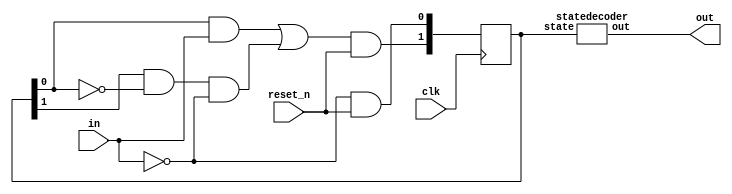
`timescale 1ns / 1ps
//////////////////////////////////////////////////////////////////////////////////
// Company: SNU
// 
// Design Name: 010 detector for computer organization class
// Module Name: detector
// Project Name: Project2 RTL sequential logic
// Target Devices: Vivado simulation
// Tool Versions: 
// Description: 
// 
// Dependencies: 
// 
// Revision:
// Revision 0.01 - File Created
// Additional Comments:
// 
//////////////////////////////////////////////////////////////////////////////////

// Define States
`define INIT    2'b00
`define ZERO    2'b01
`define ONE     2'b10
`define MATCH   2'b11

module detector(
    input in,
    input clk,
    input reset_n,
    output out
    );
    
    reg [1:0] statereg;

    statedecoder statedecoder1(
        .state(statereg),
        .out(out)
    );
/* 
    initial begin
        statereg[1:0] = 2'b00;
    end
 */
    always @ (posedge clk) begin
        // TODO: logic in RTL
        statereg[1:1] <= ((statereg[0:0] & in) | (statereg[1:1] & (~statereg[0:0]) & (~in))) & reset_n;
        statereg[0:0] <= (~in) & reset_n;
    end

endmodule

module statedecoder(
    input [1:0] state,
    output out
);
    /* Module state code decoder(moore)
    INPUT:
        state   : (unsigned wire)     [2]    state
    
    OUTPUT:
        out   : [1]    output
    */

    assign out = state[1:1] & state[0:0];

endmodule